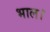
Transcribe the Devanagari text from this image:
भाल।